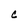
Character: C